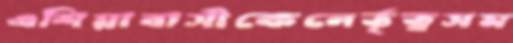
এশিয়াবাসীকেনের্তৃত্বসম